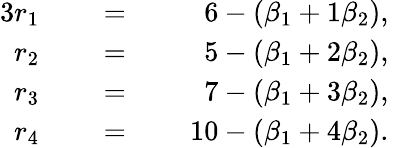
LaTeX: {\begin{array}{rlrlrl}{{3}r_{1}}&{}&{\; =\; }&{}&{6-(\beta_{1}+1\beta_{2}),}&{}\\ {r_{2}}&{}&{\; =\; }&{}&{5-(\beta_{1}+2\beta_{2}),}&{}\\ {r_{3}}&{}&{\; =\; }&{}&{7-(\beta_{1}+3\beta_{2}),}&{}\\ {r_{4}}&{}&{\; =\; }&{}&{10-(\beta_{1}+4\beta_{2}).}&{}\end{array}}